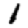
Digit: 1